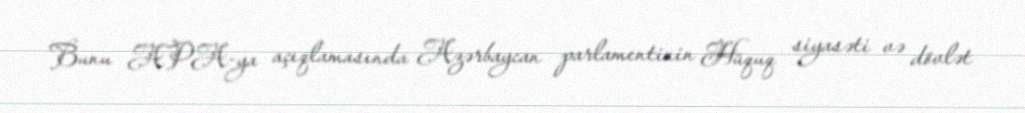
Bunu APA-ya açıqlamasında Azərbaycan parlamentinin Hüquq siyasəti və dövlət